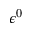
\epsilon ^ { 0 }